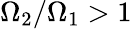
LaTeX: \Omega_{2}/\Omega_{1}>1